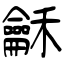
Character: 龢